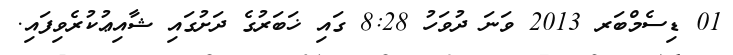
01 ޑިސެމްބަރ 2013 ވަނަ ދުވަހު 8:28 ގައި ޚަބަރުގެ ދަށުގައި ޝާއިޢުކުރެވިފައި.